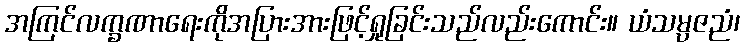
အကြင်လက္ခဏာရေးကိုအပြားအားဖြင့်ရှုခြင်းသည်လည်းကောင်း။ ယံသမ္ပဇညံ၊